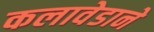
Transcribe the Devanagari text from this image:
कलावेडाने